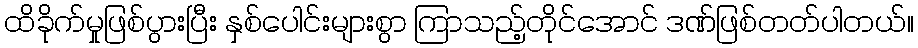
ထိခိုက်မှုဖြစ်ပွားပြီး နှစ်ပေါင်းများစွာ ကြာသည့်တိုင်အောင် ဒဏ်ဖြစ်တတ်ပါတယ်။